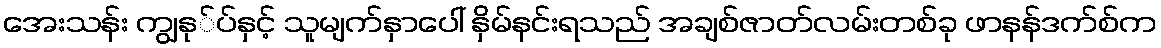
အေးသန်း ကျွနု်ပ်နှင့် သူမျက်နှာပေါ် နှိမ်နင်းရသည် အချစ်ဇာတ်လမ်းတစ်ခု ဖာနန်ဒက်စ်က